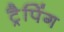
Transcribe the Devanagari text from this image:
ट्रैपिंग